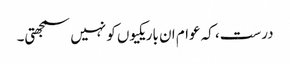
درست، کہ عوام ان باریکیوں کو نہیں سمجھتی۔